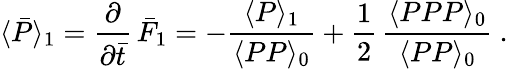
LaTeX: \langle\bar{P}\rangle_{1}={\frac{\partial}{\partial\bar{t}}}\, \bar{F}_{1}=-{\frac{\langle P\rangle_{1}}{\langle PP\rangle_{0}}}+{\frac{1}{2}}\, {\frac{\langle PPP\rangle_{0}}{\langle PP\rangle_{0}}}\ .